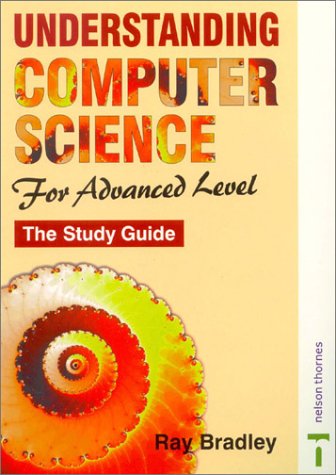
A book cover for Understanding Computer Science for Advanced Level: The Study Guide; Ray Bradley; Computers & Technology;